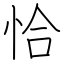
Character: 恰